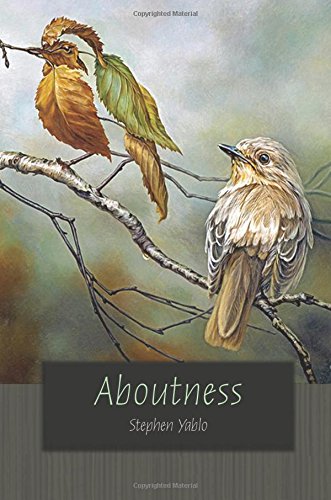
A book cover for Aboutness (Carl G. Hempel Lecture Series); Stephen Yablo; Reference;